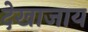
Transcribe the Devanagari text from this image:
देखाजाय